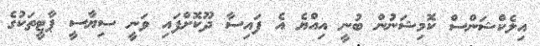
އިލެކްޝަންސް ކޮމިޝަނުން ބުނީ އިއްޔެ އެ ފައިސާ ދޫކޮށްފައި ވަނީ ސިޔާސީ ޕާޓީތަކުގެ